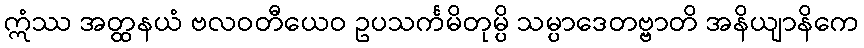
ဣံဿ အတ္ထနယံ ဗလဝတီယေဝ ဥပသင်္ကမိတုမ္ပိ သမ္ပာဒေတဗ္ဗာတိ အနိယျာနိကေ